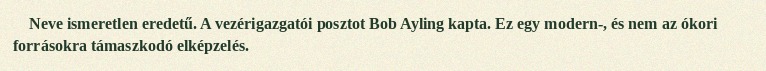
Neve ismeretlen eredetű. A vezérigazgatói posztot Bob Ayling kapta. Ez egy modern-, és nem az ókori forrásokra támaszkodó elképzelés.